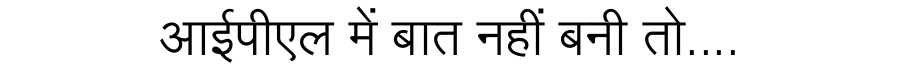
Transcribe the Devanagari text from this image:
आईपीएल में बात नहीं बनी तो....